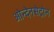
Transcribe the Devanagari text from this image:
ओन्देनसेट्रोन